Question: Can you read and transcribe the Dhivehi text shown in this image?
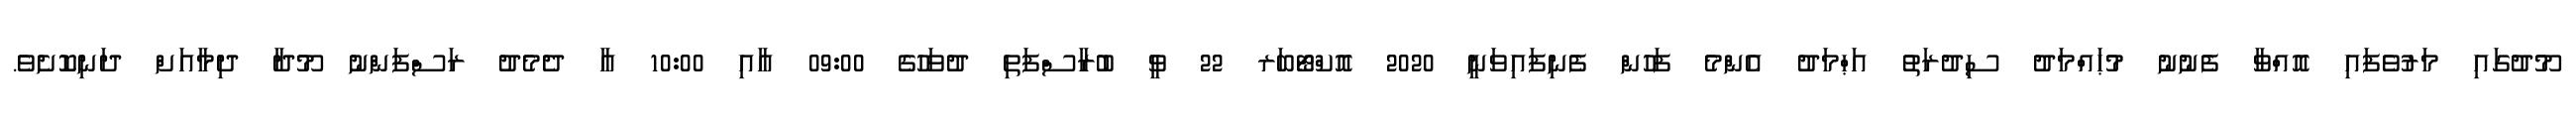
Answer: މޫދުގައި މަރުވެފައި އޮއްވާ ފެނުނު މުޙައްމަދު ސިދުރަތު އަޙްމަދު އެންމެ ފަހުން ފެނިފައިވަނީ 2020 އޮކްޓޯބަރ 22 ވީ ބުރާސްފަތި ދުވަހުގެ 09:00 އާއި 10:00 އާ ދެމެދު ރަސްފަންނު މޫދާ ދިމާއަށް ދަނިކޮށެވެ.